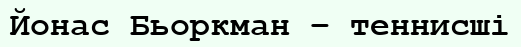
Йонас Бьоркман – теннисші